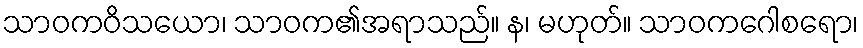
သာဝကဝိသယော၊ သာဝက၏အရာသည်။ န၊ မဟုတ်။ သာဝကဂေါစရော၊